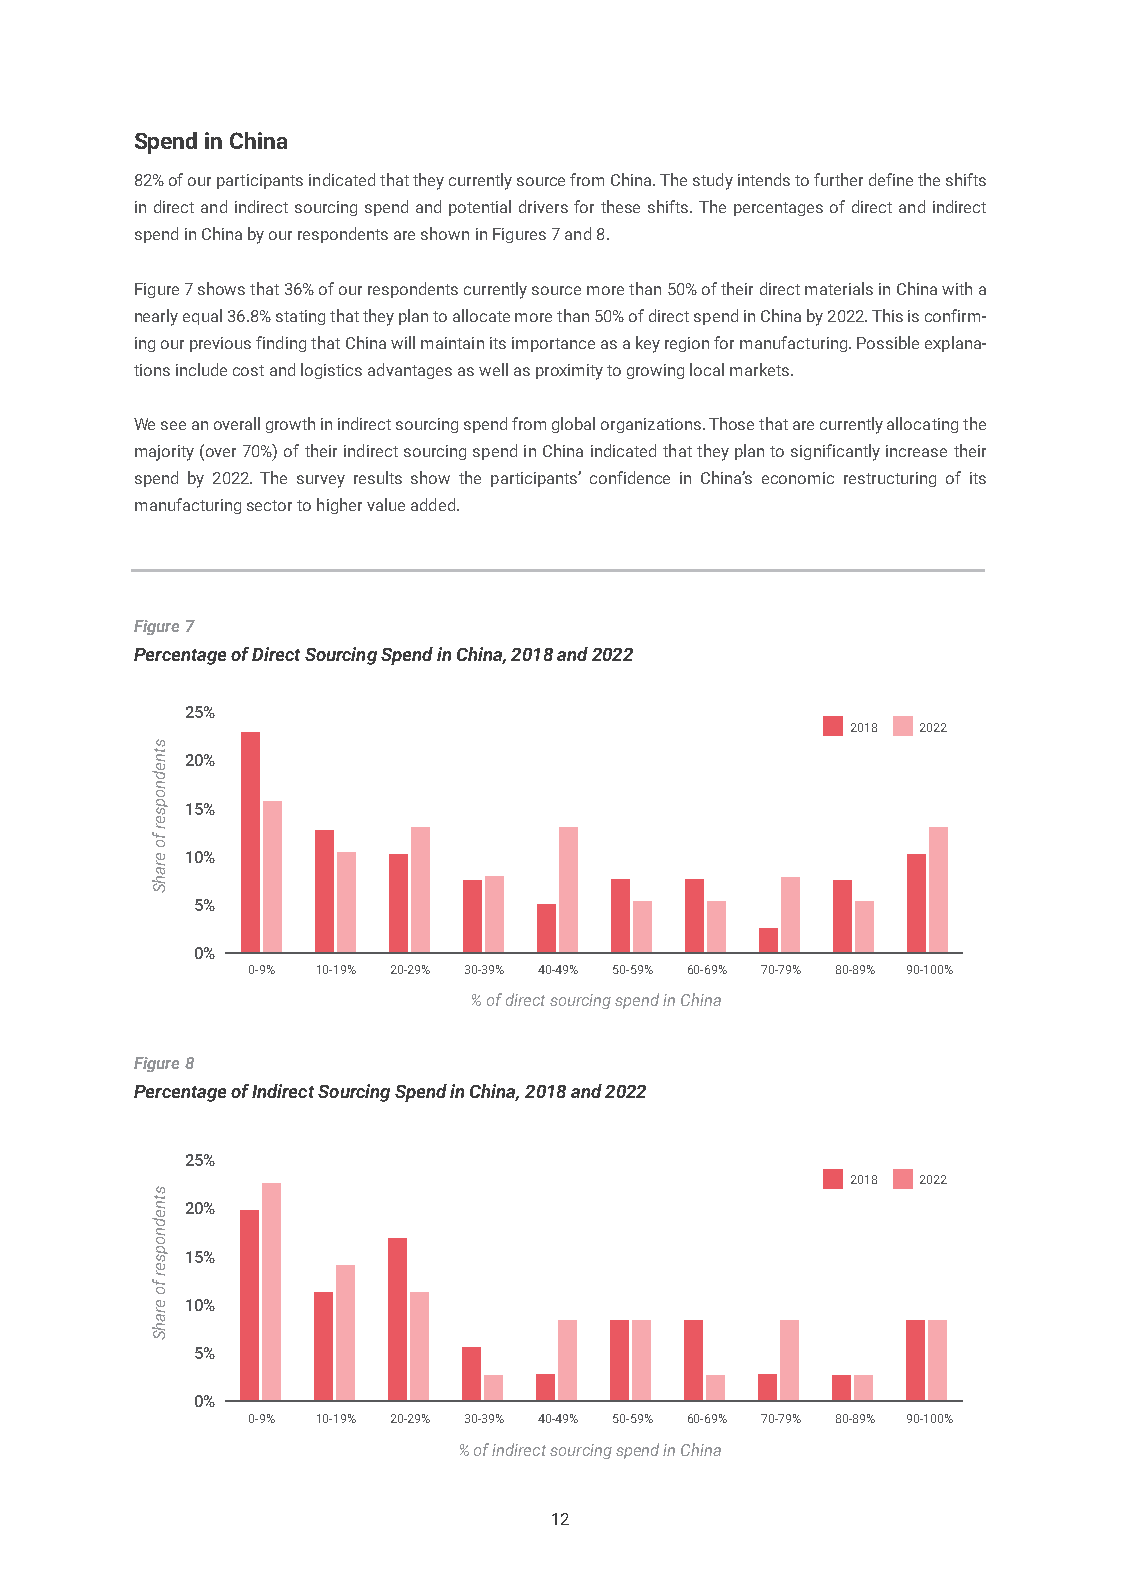
Spend in China
 82% of our participants indicated that they currently source from China. The study intends to further define the shifts
 in direct and indirect sourcing spend and potential drivers for these shifts. The percentages of direct and indirect
 spend in China by our respondents are shown in Figures 7 and 8.
 Figure 7 shows that 36% of our respondents currently source more than 50% of their direct materials in China with a
 nearly equal 36.8% stating that they plan to allocate more than 50% of direct spend in China by 2022. This is confirm-
 ing our previous finding that China will maintain its importance as a key region for manufacturing. Possible explana-
 tions include cost and logistics advantages as well as proximity to growing local markets.
 We see an overall growth in indirect sourcing spend from global organizations. Those that are currently allocating the
 majority (over 70%) of their indirect sourcing spend in China indicated that they plan to significantly increase their
 spend by 2022. The survey results show the participants’ confidence in China’s economic restructuring of its
 manufacturing sector to higher value added.
 Figure 7
 Percentage of Direct Sourcing Spend in China, 2018 and 2022
 25%
 2018 2022
 20%
 15%
 10%
 5%
 0%
 0-9% 10-19% 20-29% 30-39% 40-49% 50-59% 60-69% 70-79% 80-89% 90-100%
 % of direct sourcing spend in China
 Figure 8
 Percentage of Indirect Sourcing Spend in China, 2018 and 2022
 25%
 2018 2022
 20%
 15%
 10%
 5%
 0%
 0-9% 10-19% 20-29% 30-39% 40-49% 50-59% 60-69% 70-79% 80-89% 90-100%
 % of indirect sourcing spend in China
 12
 stnednopser
 fo
 erahS
 stnednopser
 fo
 erahS